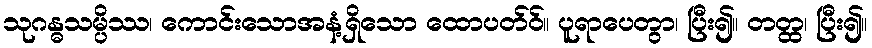
သုဂန္ဓသမ္ပိဿ၊ ကောင်းသောအနံ့ရှိသော ထောပတ်ဝ်။ ပူရာပေတွာ၊ ပြီး၍။ တတ္ထ၊ ပြီး၍။